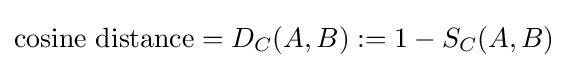
{\text{cosine distance}}=D_{C}(A,B):=1-S_{C}(A,B)